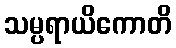
သမ္ပရာယိကောတိ